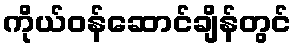
ကိုယ်ဝန်ဆောင်ချိန်တွင်